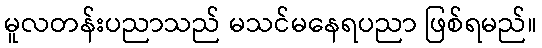
မူလတန်းပညာသည် မသင်မနေရပညာ ဖြစ်ရမည်။